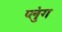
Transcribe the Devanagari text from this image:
प्लुंग